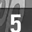
Digit: 5